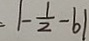
= \vert - \frac { 1 } { 2 } - b \vert